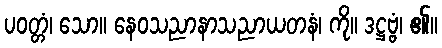
ပဝတ္တံ၊ သော။ နေဝသညာနာသညာယတနံ၊ ကို။ ဒဋ္ဌဗ္ဗံ၊ ၏။